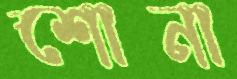
শোনা